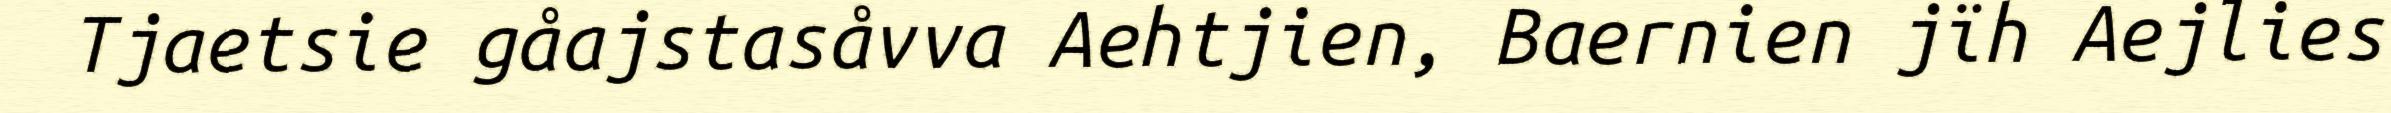
Tjaetsie gåajstasåvva Aehtjien, Baernien jïh Aejlies